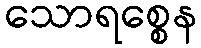
သောရစ္စေန